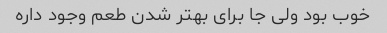
خوب بود ولی جا برای بهتر شدن طعم وجود داره